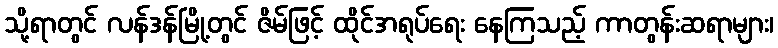
သို့ရာတွင် လန်ဒန်မြို့တွင် ဇိမ်ဖြင့် ထိုင်အရုပ်ရေး နေကြသည့် ကာတွန်းဆရာများ၊